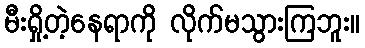
မီးရှို့တဲ့နေရာကို လိုက်မသွားကြဘူး။